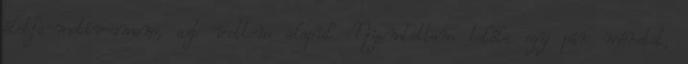
életfa-motívumom, azt vettem alapul. Nyomtattam belőle egy pár méretet,